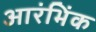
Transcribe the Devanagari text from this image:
आरंभिंक